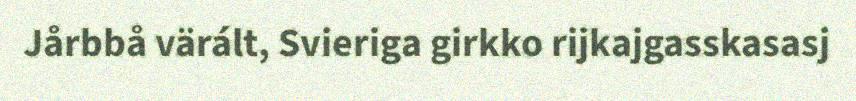
Jårbbå värált, Svieriga girkko rijkajgasskasasj